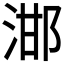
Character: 𣵷